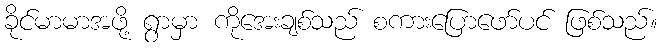
ခိုင်မာမာအဖို့ ရွာမှာ ကိုအေးချစ်သည် စကားပြောဖော်ပင် ဖြစ်သည်။